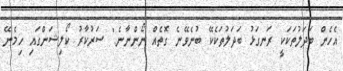
އެހެން ބަދަލުތަކަކީ ރަނގަޅު ބަދަލުތަކެކޭ ބުނެވޭނެ ގޮތެއް ނޯންނާނެ." ސަރުކާރު ކޯލިޝަންގައި ހިމެނޭ